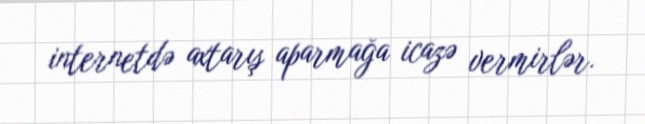
internetdə axtarış aparmağa icazə vermirlər.